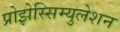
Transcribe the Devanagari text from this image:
प्रोझेस्सिम्युलेशन